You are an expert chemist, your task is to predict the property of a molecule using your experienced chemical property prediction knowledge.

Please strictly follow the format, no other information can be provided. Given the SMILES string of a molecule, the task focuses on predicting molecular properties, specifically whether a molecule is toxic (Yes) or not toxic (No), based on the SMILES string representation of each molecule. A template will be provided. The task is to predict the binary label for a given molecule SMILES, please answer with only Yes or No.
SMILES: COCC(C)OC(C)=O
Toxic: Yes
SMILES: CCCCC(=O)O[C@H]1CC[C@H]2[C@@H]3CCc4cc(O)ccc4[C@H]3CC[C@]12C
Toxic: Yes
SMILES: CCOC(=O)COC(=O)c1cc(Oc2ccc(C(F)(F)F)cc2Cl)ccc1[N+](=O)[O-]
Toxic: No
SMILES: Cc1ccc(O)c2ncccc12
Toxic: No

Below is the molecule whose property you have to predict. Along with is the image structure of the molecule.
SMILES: CCN(CCO)c1cccc(C)c1
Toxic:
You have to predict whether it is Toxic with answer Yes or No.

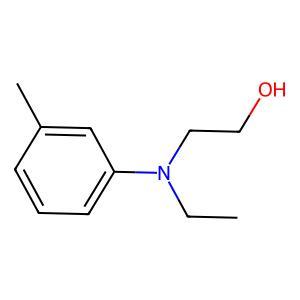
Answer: No